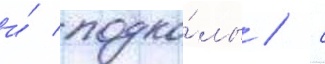
и́ подко́лы / с